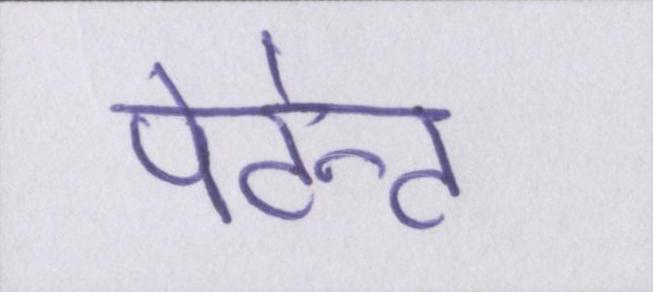
पेटेन्ट